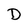
Character: D